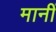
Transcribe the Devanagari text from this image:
मानीं